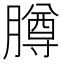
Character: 𬛘